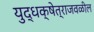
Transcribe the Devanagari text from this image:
युद्धक्षेत्राजवळील